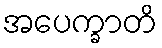
အပေက္ခာတိ